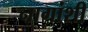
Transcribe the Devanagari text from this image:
नागांशी